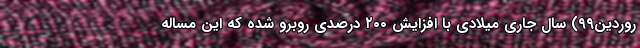
روردین۹۹) سال جاری میلادی با افزایش ۲۰۰ درصدی روبرو شده که این مساله